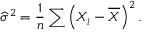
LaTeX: { \widehat { \sigma } } ^ { 2 } = { \frac { 1 } { n } } \sum \left( X _ { i } - { \overline { { X } } } \right) ^ { 2 } .